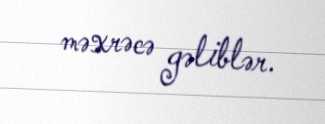
məxrəcə gəliblər.